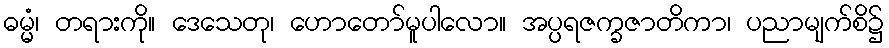
ဓမ္မံ၊ တရားကို။ ဒေသေတု၊ ဟောတော်မူပါလော။ အပ္ပရဇက္ခဇာတိကာ၊ ပညာမျက်စိ၌